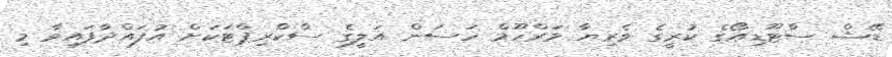
ޑޭޝް ސްޓޫޑިއޯގެ ކުރީގެ ވެރިޔާ މަރްހޫމް ހަސަން އަލީގެ ސްކްރިޕްޓަކަށް އުފައްދާފައިވާ މި